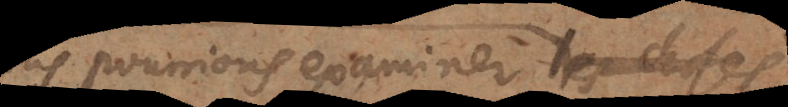
nous pourrions examiner tout